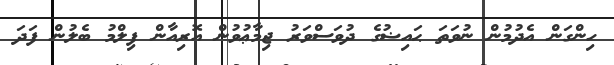
ހިންގަން އެދުމުން ނުވަތަ ޙައިޟުގެ ދުވަސްވަރު ޖިމާޢުވުން އޮރިއާން ފިލްމު ބެލުން ފަދަ